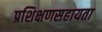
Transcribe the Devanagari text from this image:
प्रशिक्षणसहायता